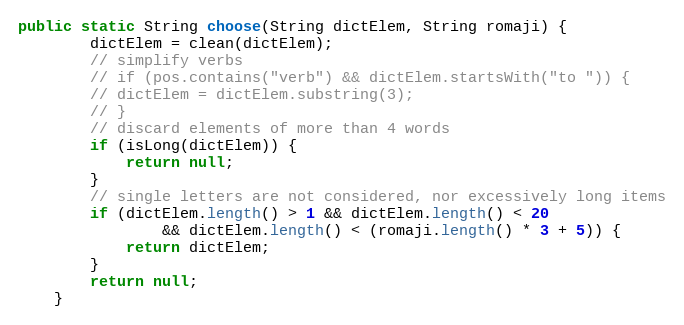
Language: Java
public static String choose(String dictElem, String romaji) {
		dictElem = clean(dictElem);
		// simplify verbs
		// if (pos.contains("verb") && dictElem.startsWith("to ")) {
		// dictElem = dictElem.substring(3);
		// }
		// discard elements of more than 4 words
		if (isLong(dictElem)) {
			return null;
		}
		// single letters are not considered, nor excessively long items
		if (dictElem.length() > 1 && dictElem.length() < 20
				&& dictElem.length() < (romaji.length() * 3 + 5)) {
			return dictElem;
		}
		return null;
	}